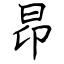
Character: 昂